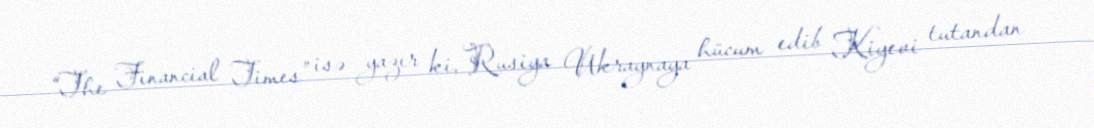
“The Financial Times” isə yazır ki, Rusiya Ukraynaya hücum edib Kiyevi tutandan